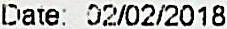
DATE: 02/02/2018